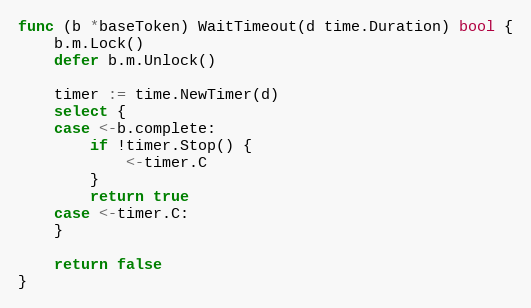
Language: Go
func (b *baseToken) WaitTimeout(d time.Duration) bool {
	b.m.Lock()
	defer b.m.Unlock()

	timer := time.NewTimer(d)
	select {
	case <-b.complete:
		if !timer.Stop() {
			<-timer.C
		}
		return true
	case <-timer.C:
	}

	return false
}